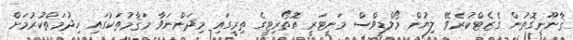
ޤާނޫނީގޮތުން ގެޒެޓްކުރެވޭ ލިޔުން މޯލްޑިވްސް މަނިޓަރީ އޮތޯރިޓީގެ ތިރީގައި މިދަންނަވާ މަޤާމުތަކުގައި ޚިދުމަތްކުރުމަށް